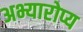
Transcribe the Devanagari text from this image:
अभ्यारोप्य